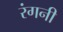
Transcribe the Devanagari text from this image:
रंगनी